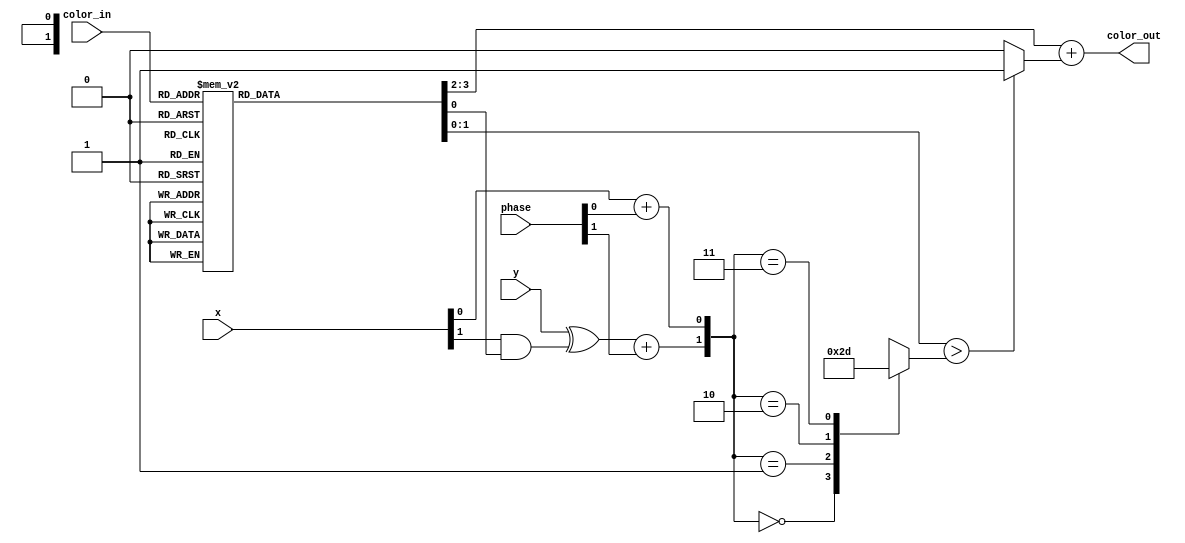
module video_palframe_mk3bit
(
	input  wire [1:0] phase,
	input  wire [1:0] x,
	input  wire       y,
	input  wire [3:0] color_in,
	output reg  [1:0] color_out
);
	reg [3:0] colorlevel;
	reg [1:0] gridlevel;
	reg       gridy;
	reg [1:0] gridindex;
	always @*
	begin
	  case( color_in )
		4'b0000: colorlevel = 4'b0000;
		4'b0001: colorlevel = 4'b0001;
		4'b0010,
		4'b0011: colorlevel = 4'b0010;
		4'b0100: colorlevel = 4'b0011;
		4'b0101: colorlevel = 4'b0100;
		4'b0110: colorlevel = 4'b0101;
		4'b0111,
		4'b1000: colorlevel = 4'b0110;
		4'b1001: colorlevel = 4'b0111;
		4'b1010: colorlevel = 4'b1000;
		4'b1011: colorlevel = 4'b1001;
		4'b1100,
		4'b1101: colorlevel = 4'b1010;
		4'b1110: colorlevel = 4'b1011;
		default: colorlevel = 4'b1100;
	  endcase
	  gridy = y ^ (x[1] & colorlevel[0]);
	  gridindex = {gridy+phase[1], x[0]+phase[0]};
	  case(gridindex[1:0])
	    2'b00: gridlevel = 2'b00;
	    2'b01: gridlevel = 2'b10;
	    2'b10: gridlevel = 2'b11;
	    2'b11: gridlevel = 2'b01;
	  endcase
	  color_out = colorlevel[3:2] + ((colorlevel[1:0] > gridlevel[1:0]) ? 2'b01 : 2'b00);
	end
endmodule